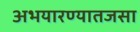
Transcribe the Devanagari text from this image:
अभयारण्यातजसा